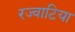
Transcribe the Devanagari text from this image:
रज्वाटिया